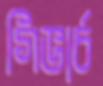
গিভার্চ